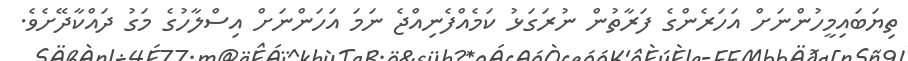
ތިޔަބައިމީހުންނަށް އަހަރެންގެ ފަރާތުން ނުރަގަޅު ކަމެއްފެނިއްޖެ ނަމަ އަހަންނަށް އިސްލާހުގެ މަގު ދައްކާދޭށެވެ.